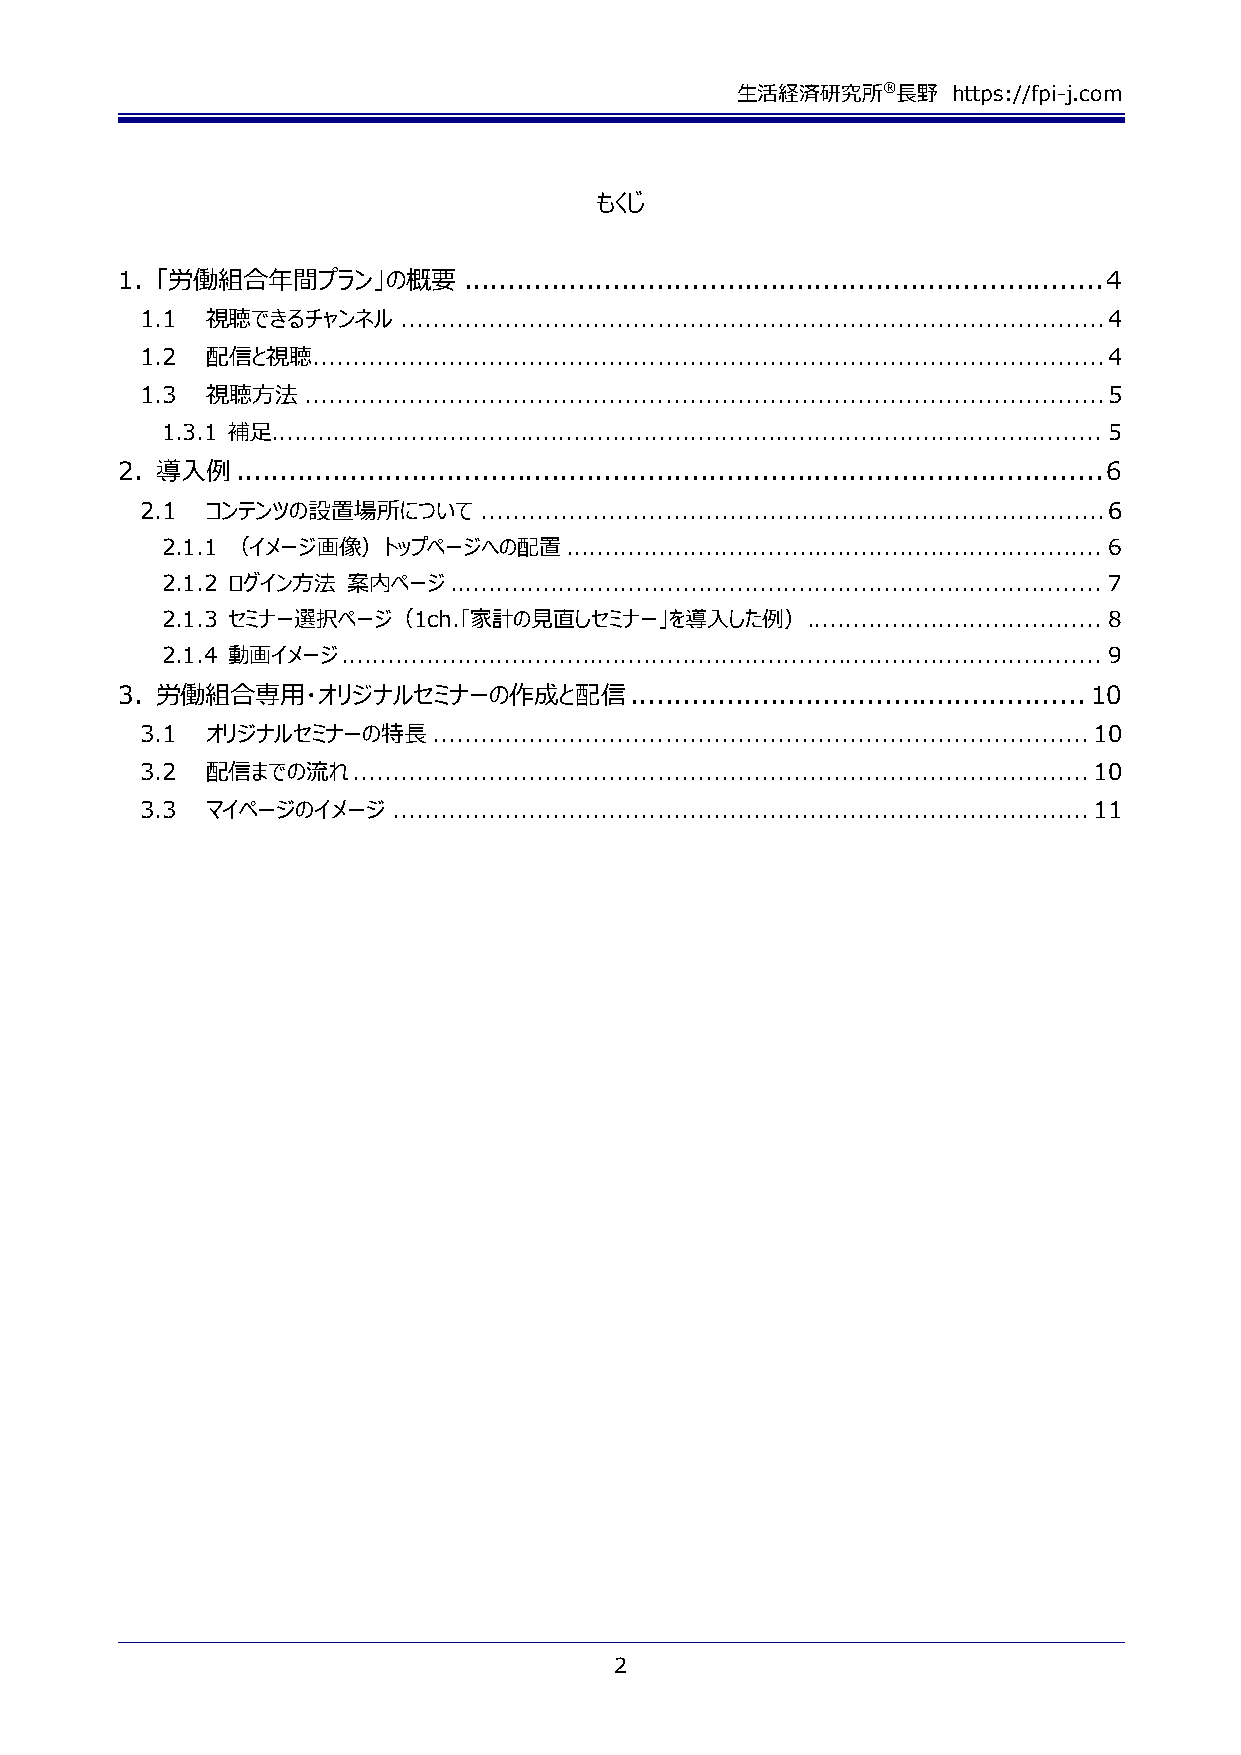
生活経済研究所®長野    https://fpi-j.com
 もくじ
 1. 「労働組合年間プラン」の概要      ......................................................................... 4
 1.1  視聴できるチャンネル  ........................................................................................ 4
 1.2  配信と視聴  ................................................................................................... 4
 1.3  視聴方法  .................................................................................................... 5
 1.3.1 補足........................................................................................................... 5
 2. 導入例  ................................................................................................... 6
 2.1  コンテンツの設置場所について    .............................................................................. 6
 2.1.1 （イメージ画像）トップページへの配置  ..................................................................... 6
 2.1.2 ログイン方法 案内ページ .................................................................................... 7
 2.1.3 セミナー選択ページ（1ch.「家計の見直しセミナー」を導入した例）   ...................................... 8
 2.1.4 動画イメージ .................................................................................................. 9
 3. 労働組合専用・オリジナルセミナーの作成と配信         .................................................... 10
 3.1  オリジナルセミナーの特長   .................................................................................. 10
 3.2  配信までの流れ  ............................................................................................ 10
 3.3  マイページのイメージ  ....................................................................................... 11
 2